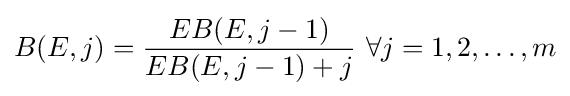
B(E,j)={\frac {EB(E,j-1)}{EB(E,j-1)+j}}\ \forall {j}=1,2,\ldots ,m